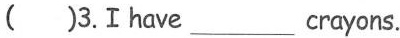
()3.Ⅰhave___crayons.